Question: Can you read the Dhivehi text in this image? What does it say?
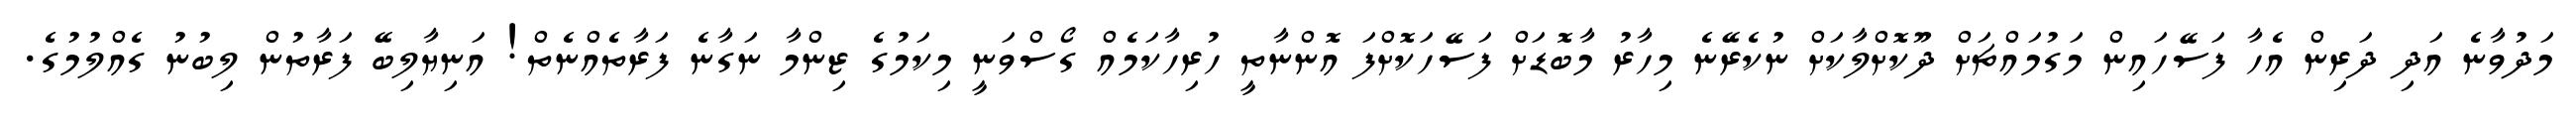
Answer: މަދުވާނެ އަދި ދަރިން އެހާ ފަސޭހައިން މަގުމައްޗަށް ދޫކޮށްލާކަށް ނުކެރޭނެ މިހާރު މާބޮޑަށް ފަސޭހަކޮށްފަ އޮންނާތީ ހުރިހާކަމެއް ގޯސްވަނީ މިކަމުގެ ޒިންމާ ނަގާނެ ފަރާތެއްނެތް! އަނިޔާލިބޭ ފަރާތުން ލިބުނު ގެއްލުމުގެ.